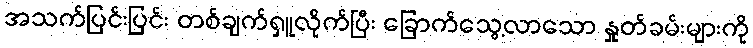
အသက်ပြင်းပြင်း တစ်ချက်ရှူလိုက်ပြီး ခြောက်သွေ့လာသော နှုတ်ခမ်းများကို